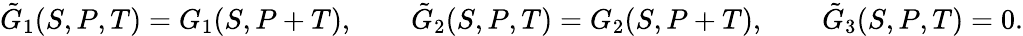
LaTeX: \tilde{G}_{1}(S,P,T)=G_{1}(S,P+T),\qquad\tilde{G}_{2}(S,P,T)=G_{2}(S,P+T),\qquad\tilde{G}_{3}(S,P,T)=0.